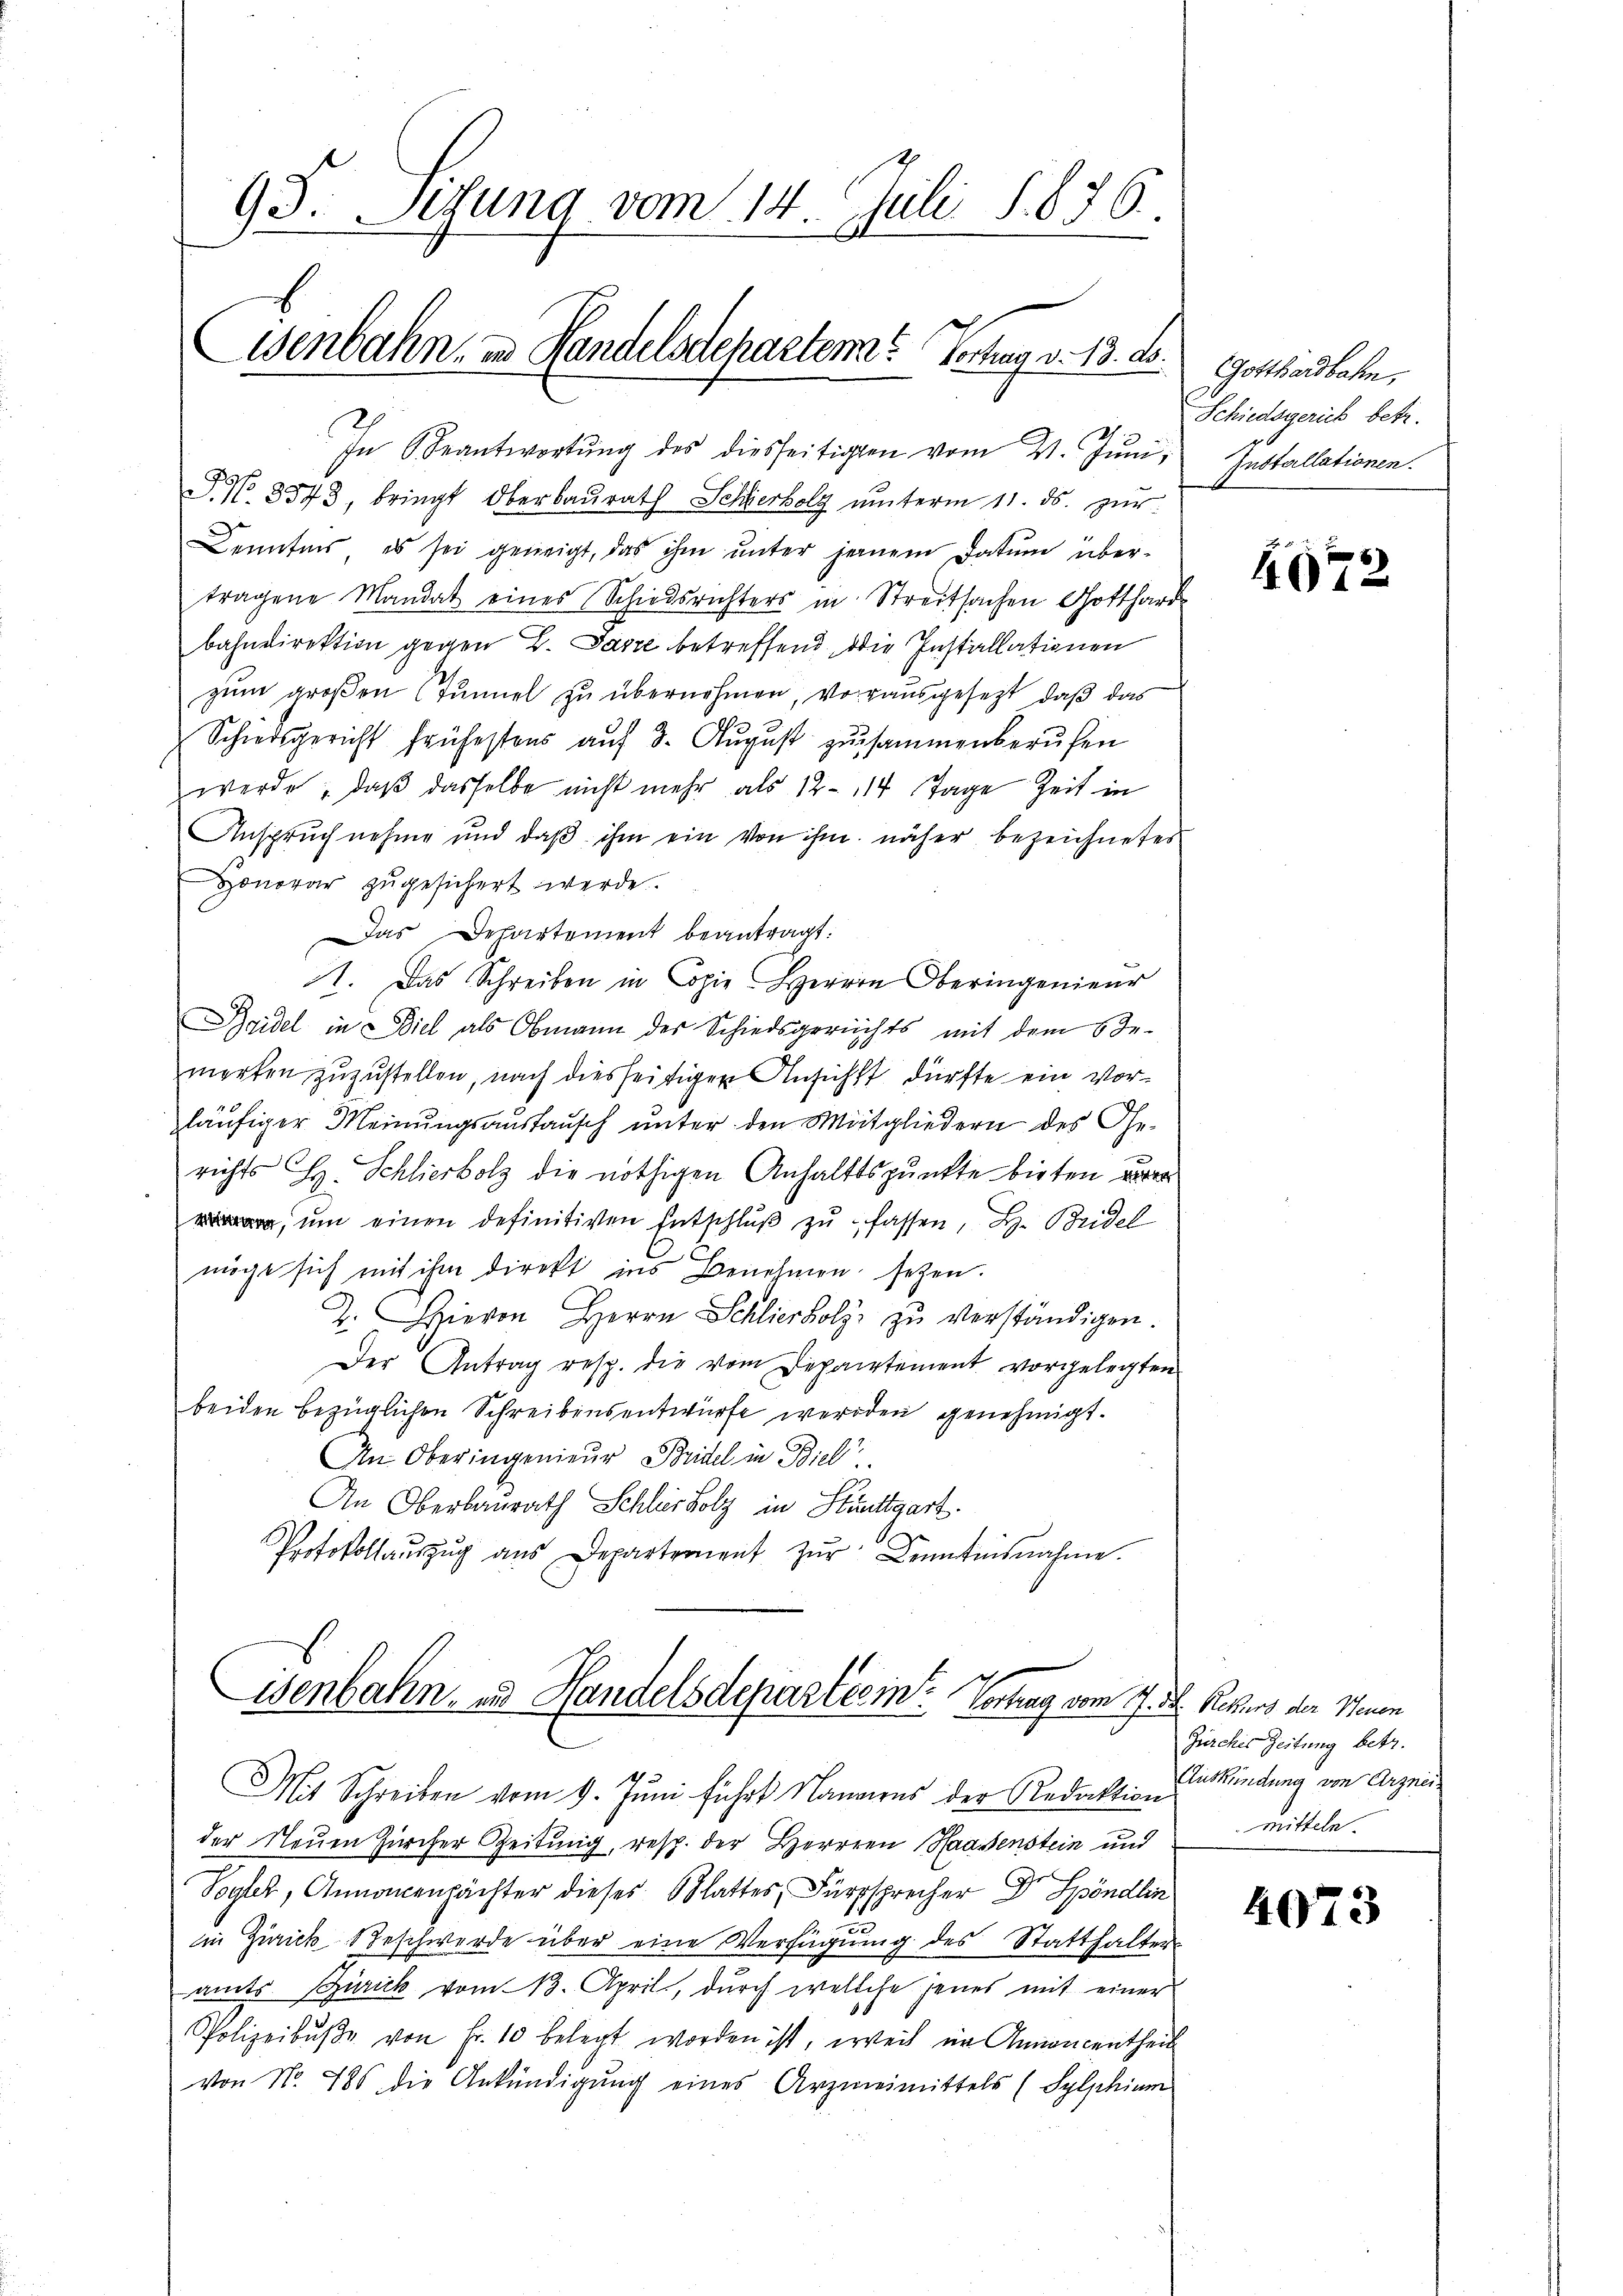
In Beantwortŭng des diesseitigten vom 21. Jŭni,
P. No. 8573, bringt Oberbaŭrath Schierholz unterm 11. ds. zur
Denntnis es sei geneigt, das ihm ŭnter jenem Datum über-
tragene Mandat eines Schiedsrichters in Streitsachen Gotthard
bahndirektion gegen G. Parze betreffend, die Installationen
zum großen Tunnel zu übernohmen, vorausgesezt, daß das
Schiedsgericht frühestens aŭf 3. Aŭgŭst zusammenberufen
werde, daβ dasselbe nicht mehr als 12 - 114 Tage Zeit in
Anspruch nehme und daß ihm ein von ihm näher bezeichnetes
Honorar zŭgesichert werde.
Das Departement beantragt:
1. Das Schreiben in Copie Herrn Oberingenieur
Bridel in Biel als Obmann des Schiedsgerichts mit dem Be-
merken zuzustellen, nach diesseitigen Ansicht dürfte ein Vorläufiger Meinungsaustausch unter den Mitgliedern des Gerichts H. Schlierbolz die nöthigen Anhaltspunkte bisten vorer
, um einen definitiven Entschluß zu fassen, H. Bridel
möge sich mit ihm direkt ins Benehmen setzen.
2. hievon Herrn Schlierholz zŭ verständigen.
Der Antrag resp. die vom Departement vorgelegten
beiden bezüglichen Schreibensentwürfe werden genehmigt.
An Oberingenieur Bridel in Biel
An Oberbaurath Schlisholz in Stuttgart.
Protokollaŭszŭg aŭs Departement zŭr Kenntnisnahme.

93. Situng vom 14. Juli S. 876.
Eisenbahn, in Handelsdchartem Verhag v. 13. d.

Wenbahn und Handelsdepartes in Vortrag vom 17. D. Rekurs der Neuen

Mit Schreiben vom 9. Juni führt Namens der Redaktion
der Neuen Zürcher Zeitung, resp. der Herren Maassenstein und
Sogler, Annamentächter dieses Glattes, Fürsprecher Dr. Spöndlin
in Zürich Beschwerde über eine Verfügung des Statthalter
amts Zürick vom 13. April, durch welche jenes mit einer
Polizeibŭβe von Fr. 10 belegt worden ist, weil im Annoncentheil
von No. 485 die Ankündigung eines Arzneimittels (Sylphium

Gotthardbahn,
Schiedsgerich betr.
Installationen.

s
4072

Zürcher Zeitung betr.
Auskündung von Arznei-
Mitteln.

4073